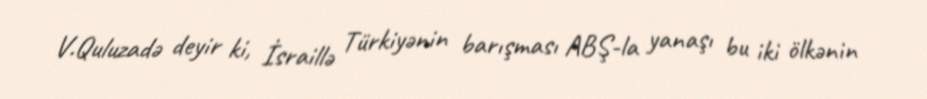
V.Quluzadə deyir ki, İsraillə Türkiyənin barışması ABŞ-la yanaşı bu iki ölkənin